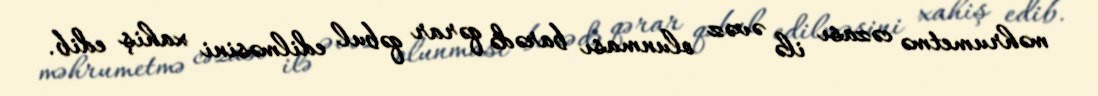
məhrumetmə cəzası ilə əvəz olunması barədə qərar qəbul edilməsini xahiş edib.